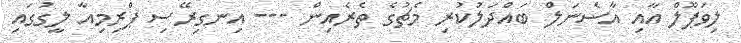
ލިވަޕޫލް އާއި އާސެނަލް ބައްދަލުކުރި މެޗުގެ ތެރެއިން --- އިނގިރޭސި ޕްރިމިއާ ލީގުގައި